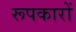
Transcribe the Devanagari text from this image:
रूपकारों